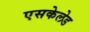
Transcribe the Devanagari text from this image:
एसकेलेड